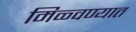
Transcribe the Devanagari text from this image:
मिळ्वण्यात